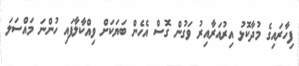
ފިހާރައިގެ މުދާކޮޅު އިރުއަރާއިރު ވަގުން ގޮސް އެހެން ބަޔަކަށް ވިއްކާލާފައި ހުންނަ މައްސަލަ